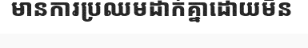
មានការប្រឈមដាក់គ្នាដោយមិន